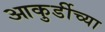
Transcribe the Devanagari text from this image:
आकुर्डीच्या